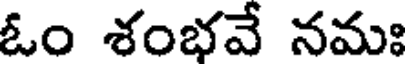
ఓం శంభవే నమః